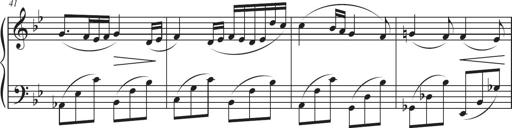
Title: Sonatina in D major
Composer: Shota Saitoh
Key: D major